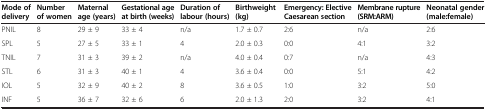
<table><thead><tr><td><b>Mode of delivery</b></td><td><b>Number of women</b></td><td><b>Maternal age (years)</b></td><td><b>Gestational age at birth (weeks)</b></td><td><b>Duration of labour (hours)</b></td><td><b>Birthweight (kg)</b></td><td><b>Emergency: Elective Caesarean section</b></td><td><b>Membrane rupture (SRM:ARM)</b></td><td><b>Neonatal gender (male:female)</b></td></tr></thead><tbody><tr><td>PNIL</td><td>8</td><td>29 ± 9</td><td>33 ± 4</td><td>n/a</td><td>1.7 ± 0.7</td><td>2:6</td><td>n/a</td><td>2:6</td></tr><tr><td>SPL</td><td>5</td><td>27 ± 5</td><td>33 ± 1</td><td>4</td><td>2.0 ± 0.3</td><td>0:0</td><td>4:1</td><td>3:2</td></tr><tr><td>TNIL</td><td>7</td><td>31 ± 3</td><td>39 ± 2</td><td>n/a</td><td>4.0 ± 0.4</td><td>0:7</td><td>n/a</td><td>4:3</td></tr><tr><td>STL</td><td>6</td><td>31 ± 3</td><td>40 ± 1</td><td>4</td><td>3.6 ± 0.4</td><td>0:0</td><td>5:1</td><td>4:2</td></tr><tr><td>IOL</td><td>5</td><td>32 ± 9</td><td>40 ± 2</td><td>8</td><td>3.6 ± 0.5</td><td>1:0</td><td>3:2</td><td>5:0</td></tr><tr><td>INF</td><td>5</td><td>36 ± 7</td><td>32 ± 6</td><td>6</td><td>2.0 ± 1.3</td><td>2:0</td><td>3:2</td><td>4:1</td></tr></tbody></table>